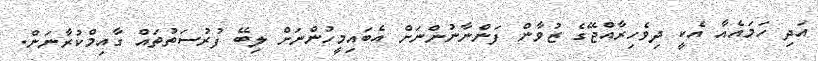
އަދި ހަމައެއާ އެކީ ދިވެހިރާއްޖޭގެ ޒުވާން ފަންނާނުންނަށް އެބައިމީހުންނަށް ލިބޭ ފުރުސަތުތައް ގާއިމްކުރާނަން.